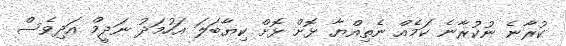
ކުރާނެ ނުކުރާނެ ކަމެއް ނެތިއްޔާ ޅޮށް ޅޮށް ކިޔާބަލަ އަހުމަދު ނަދީމް އަދިވެސް